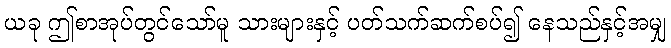
ယခု ဤစာအုပ်တွင်သော်မူ သားများနှင့် ပတ်သက်ဆက်စပ်၍ နေသည်နှင့်အမျှ